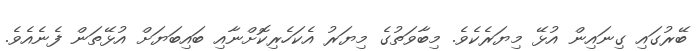
ބޭރުގައި ގިނައިން އުޅޭ މިޔަރެކެވެ. މިބާވަތުގެ މިޔަރު އެކަހެރިކޮށްނާއި ބައިބަޔަށް އުޅޭތަން ފެނެއެވެ.